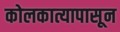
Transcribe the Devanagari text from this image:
कोलकात्यापासून